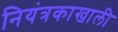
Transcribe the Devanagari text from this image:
नियंत्रकाखाली